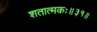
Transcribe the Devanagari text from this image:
शतात्मकः॥३१॥